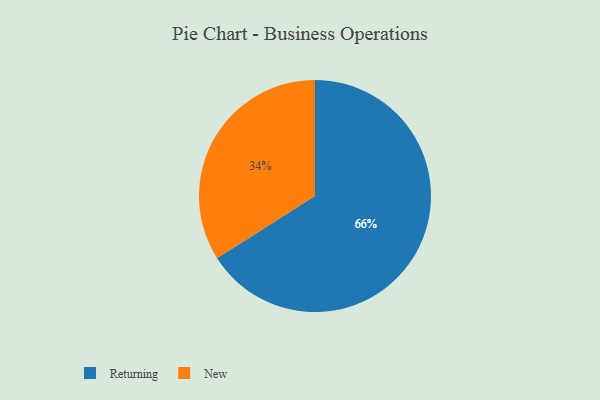
{"axis": {"x": "Category", "y": "Percentage"}, "legend": ["New", "Returning"], "data": [{"x": "New", "y": 34, "type": "New"}, {"x": "Returning", "y": 66, "type": "Returning"}]}